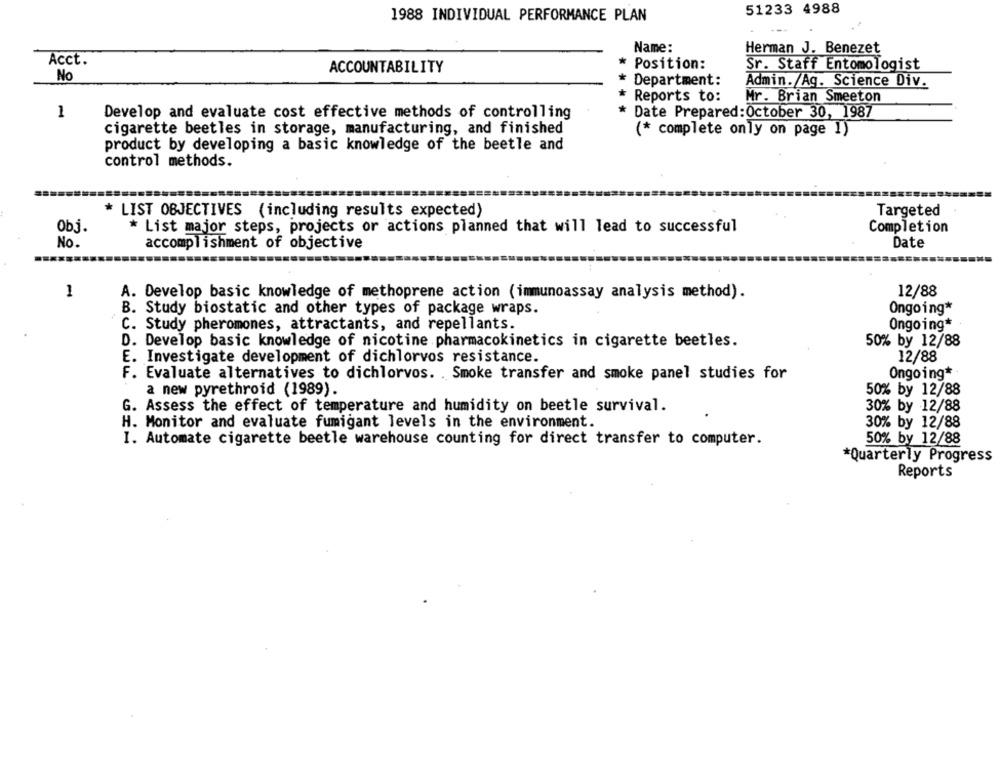
51233 4988
1988 INDIVIDUAL PERFORMANCE PLAN
Name:
Herman J. Benezet
Acct.
ACCOUNTABILITY
* Position:
Sr. Staff Entomologist
No
* Department:
Admin. /Ag. Science Div.
* Reports to:
Mr. Brian Smeeton
1
Develop and evaluate cost effective methods of controlling
* Date Prepared:October 30, 1987
cigarette beetles in storage, manufacturing, and finished
(* complete only on page 1)
product by developing a basic knowledge of the beetle and
control methods.
* LIST OBJECTIVES (including results expected)
Targeted
Obj.
* List major steps, projects or actions planned that will lead to successful
Completion
No.
accomplishment of objective
Date
1
A. Develop basic knowledge of methoprene action (immunoassay analysis method).
12/88
Ongoing*
B. Study biostatic and other types of package wraps.
C. Study pheromones, attractants, and repellants.
Ongoing*
D. Develop basic knowledge of nicotine pharmacokinetics in cigarette beetles.
50% by 12/88
E. Investigate development of dichlorvos resistance.
12/88
F. Evaluate alternatives to dichlorvos. . Smoke transfer and smoke panel studies for
Ongoing*
a new pyrethroid (1989).
50% by 12/88
G. Assess the effect of temperature and humidity on beetle survival.
30% by 12/88
H. Monitor and evaluate fumigant levels in the environment.
30% by 12/88
I. Automate cigarette beetle warehouse counting for direct transfer to computer.
50% by 12/88
*Quarterly Progress
Reports